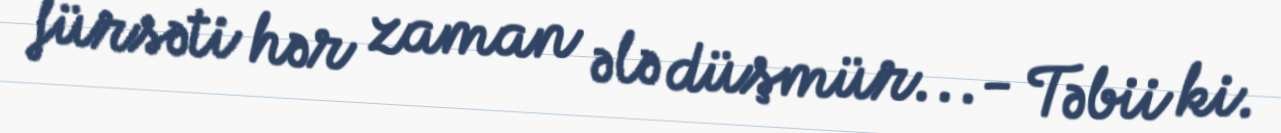
fürsəti hər zaman ələ düşmür...- Təbii ki.